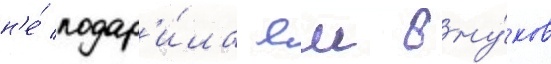
н'е́ подар'и́ла еи вну́ков